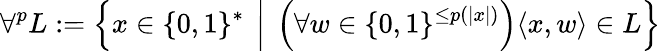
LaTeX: \forall^{p}L:=\left\{ x\in\{ 0,1\} ^{*}\ \left|\ \left(\forall w\in\{ 0,1\} ^{\leq p(|x|)}\right)\langle x,w\rangle\in L\right.\right\}